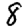
Digit: 8